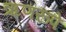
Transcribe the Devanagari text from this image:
ऋणरूपे